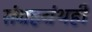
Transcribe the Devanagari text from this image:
संग्रहग्रंथही